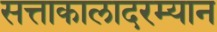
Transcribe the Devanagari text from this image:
सत्ताकालादरम्यान